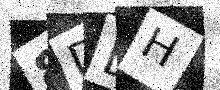
Text: 8DEH